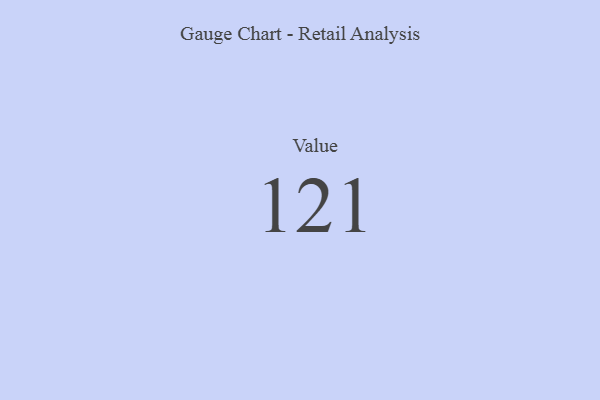
{"axis": {"x": "Metric", "y": "Value"}, "legend": [""], "data": [{"x": "Value", "y": 121, "type": ""}]}